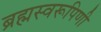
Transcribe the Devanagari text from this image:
ब्रह्मस्वरूपिणी